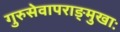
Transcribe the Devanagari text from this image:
गुरुसेवापराङ्मुखाः